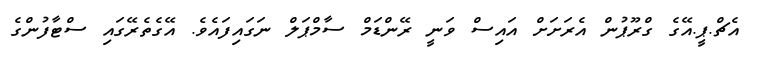
އެޗް.ޕީ.އޭގެ ގްރޫޕުން އެރަށަށް އައިސް ވަނީ ރޭންޑަމް ސާމްޕަލް ނަގައިފައެވެ. އޭގެތެރޭގައި ސްޓާފުންގެ